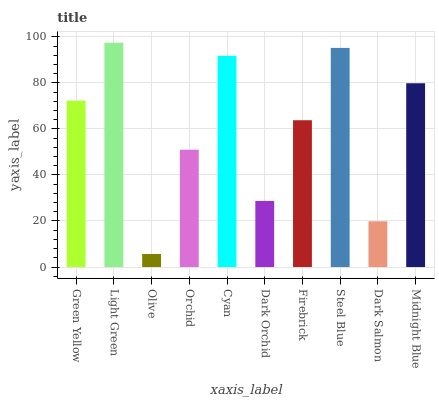
| xaxis_label | bars |
 | --- | --- |
 | Green Yellow | 72.3 |
 | Light Green | 97.4 |
 | Olive | 5.67 |
 | Orchid | 51 |
 | Cyan | 91.8 |
 | Dark Orchid | 28.7 |
 | Firebrick | 63.8 |
 | Steel Blue | 95.2 |
 | Dark Salmon | 19.9 |
 | Midnight Blue | 79.8 |